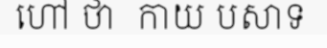
ហៅ ថា  កាយ បសាទ